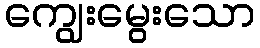
ကျွေးမွေးသော